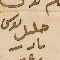
حليل يوسف نادر رعد